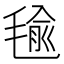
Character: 毺